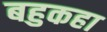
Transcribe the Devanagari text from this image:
बहुकहा